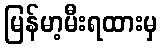
မြန်မာ့မီးရထားမှ